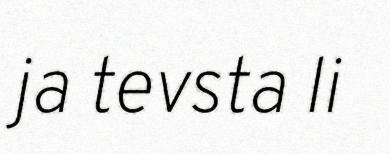
ja tevsta li